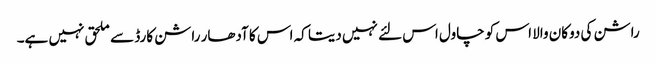
راشن کی دوکان والا اس کو چاول اس لئے نہیں دیتا کہ اس کا آدھار راشن کارڈ سے ملحق نہیں ہے۔